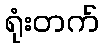
ရုံးတက်